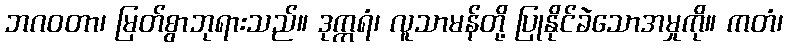
ဘဂဝတာ၊ မြတ်စွာဘုရားသည်။ ဒုက္ကရံ၊ လူသာမန်တို့ ပြုနိုင်ခဲသောအမှုကို။ ကတံ၊